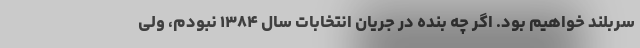
سربلند خواهیم بود. اگر چه بنده در جریان انتخابات سال ۱۳۸۴ نبودم، ولی